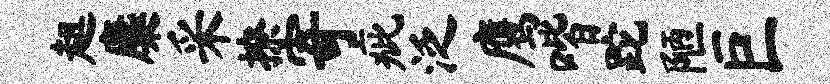
趄麋采撩寄疵泛鹰喈跎陋巨